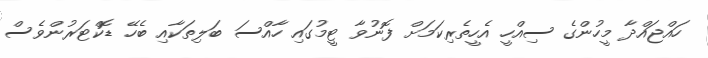
ހައްޖައްދާ މީހުންގެ ސިއްހީ އެހީތެރިކަމަށް ފޮނުވާ ޓީމުގައި ހާއްސަ ބަލިތަކާއި ބެހޭ ޑޮކްޓަރުންވެސް